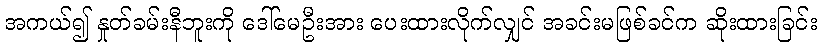
အကယ်၍ နှုတ်ခမ်းနီဘူးကို ဒေါ်မေဦးအား ပေးထားလိုက်လျှင် အခင်းမဖြစ်ခင်က ဆိုးထားခြင်း